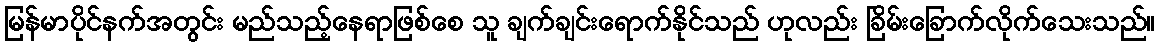
မြန်မာပိုင်နက်အတွင်း မည်သည့်နေရာဖြစ်စေ သူ ချက်ချင်းရောက်နိုင်သည် ဟုလည်း ခြိမ်းခြောက်လိုက်သေးသည်။